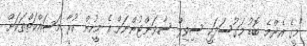
"މީގެ އެންމެ ބޮޑު މަގުސަދަކީ ސިވިލް ސާވަންޓުންނަށް އެ މީހުން ކުރާ މަސައްކަތްތަކަށް